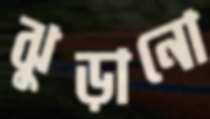
ঝুড়ানো